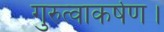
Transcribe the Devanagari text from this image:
गुरुत्वाकर्षण।